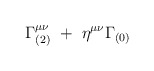
\begin{align*}\Gamma^{\mu\nu}_{(2)} ~+~ \eta^{\mu\nu} \Gamma_{(0)} \end{align*}